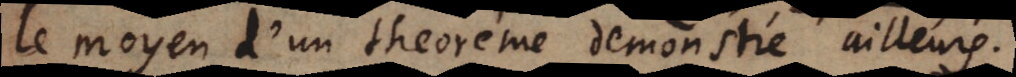
le moyen d’un theoreme demonstré ailleurs.